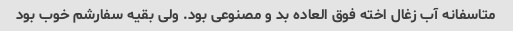
متاسفانه آب زغال اخته فوق العاده بد و مصنوعی بود. ولی بقیه سفارشم خوب بود